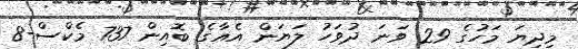
މިދިޔަ މަހުގެ 29 ވަނަ ދުވަހު ލަޔަން އެއާގެ ބޮއިން 737 މެކްސް-8